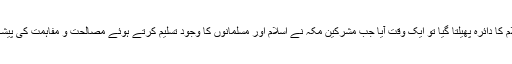
اور جب اس میں بھی ناکامی ہوئی اور طعن و تشنیع اور جبر و اذیت کے باوجود اسلام کا دائرہ پھیلتا گیا تو ایک وقت آیا جب مشرکین مکہ نے اسلام اور مسلمانوں کا وجود تسلیم کرتے ہوئے مصالحت و مفاہمت کی پیشکش کی جسے قرآن کریم نے ’’ودوا لو تدھن فیدھنون‘‘ (القلم ۹) سے تعبیر فرمایا ہے۔